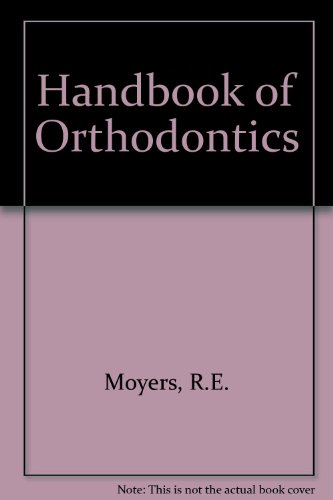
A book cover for Handbook of Orthodontics; R.E. Moyers; Medical Books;